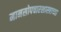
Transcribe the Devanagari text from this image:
मानसोपचारशास्त्राच्या